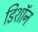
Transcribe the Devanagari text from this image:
डिशॉन